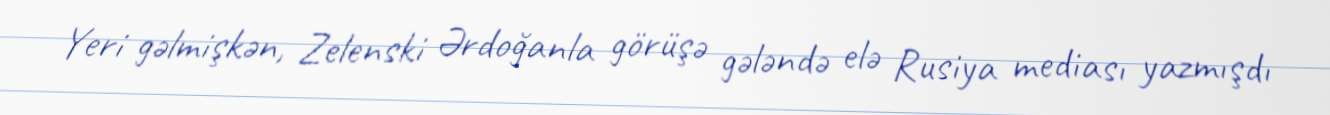
Yeri gəlmişkən, Zelenski Ərdoğanla görüşə gələndə elə Rusiya mediası yazmışdı